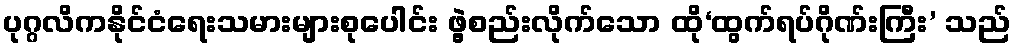
ပုဂ္ဂလိကနိုင်ငံရေးသမားများစုပေါင်း ဖွဲ့စည်းလိုက်သော ထို‘ထွက်ရပ်ဂိုဏ်းကြီး’ သည်